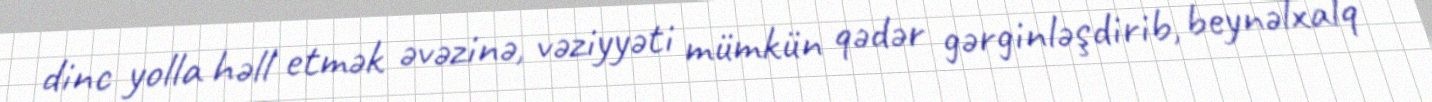
dinc yolla həll etmək əvəzinə, vəziyyəti mümkün qədər gərginləşdirib, beynəlxalq